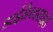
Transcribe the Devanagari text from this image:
डाईसैच्चराइड